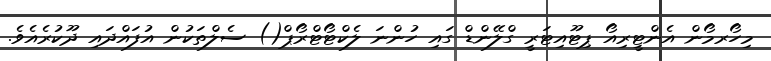
މިހޯރމޯން އެންޓީރިއޯ ޕިޓޫއިޓަރީ ގްލޭންޑް ގައި ހުންނަ ލެކްޓޯޓްރޯޕް() ސެލްތަކުން އުފައްދައި ދޫކުރެއެވެ.